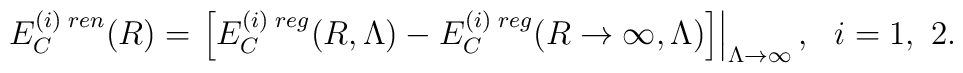
E_C^{(i)\;ren}(R)=\left.\left[E_C^{(i)\;reg}(R,\Lambda)-E_C^{(i)\;reg}(R\to\infty,\Lambda)\right]\right|_{\Lambda\to\infty},~~i=1,~2.